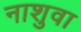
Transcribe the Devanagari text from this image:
नाशुवा